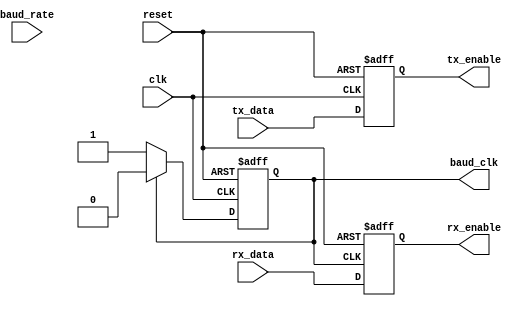
module uart_controller(
    input wire clk,
    input wire reset,
    input wire tx_data,
    output reg tx_enable,
    input wire rx_data,
    output reg rx_enable,
    input wire baud_rate,
    output reg baud_clk
);

// Baud rate clock generator
always @(posedge clk or posedge reset) begin
    if (reset) begin
        baud_clk <= 0;
    end else begin
        if (baud_clk == 1) begin
            baud_clk <= 0;
        end else begin
            baud_clk <= 1;
        end
    end
end

// Data sampling module
always @(posedge baud_clk or posedge reset) begin
    if (reset) begin
        rx_enable <= 0;
    end else begin
        rx_enable <= rx_data;
    end
end

always @(posedge clk or posedge reset) begin
    if (reset) begin
        tx_enable <= 0;
    end else begin
        tx_enable <= tx_data;
    end
end

endmodule